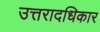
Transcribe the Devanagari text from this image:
उत्तरादधिकार